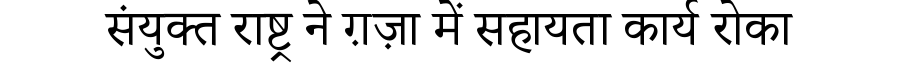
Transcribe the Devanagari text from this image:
संयुक्त राष्ट्र ने ग़ज़ा में सहायता कार्य रोका